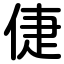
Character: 倢